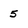
Character: 5